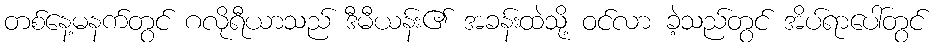
တစ်နေ့မနက်တွင် ဂလိုရီယာသည် ဒီမီယန်း၏ အခန်းထဲသို့ ဝင်လာ ခဲ့သည်တွင် အိပ်ရာပေါ်တွင်